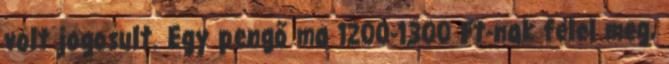
volt jogosult. Egy pengő ma 1200-1300 Ft-nak felel meg,